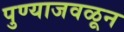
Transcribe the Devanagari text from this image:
पुण्याजवळून